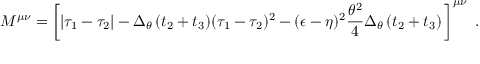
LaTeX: M ^ { \mu \nu } = \left[ \vert \tau _ { 1 } - \tau _ { 2 } \vert - \Delta _ { \theta } \, ( t _ { 2 } + t _ { 3 } ) ( \tau _ { 1 } - \tau _ { 2 } ) ^ { 2 } - ( \epsilon - \eta ) ^ { 2 } { \frac { \theta ^ { 2 } } { 4 } } \Delta _ { \theta } \, ( t _ { 2 } + t _ { 3 } ) \, \right] ^ { \mu \nu } \ .